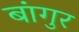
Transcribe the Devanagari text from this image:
बांगुर